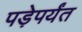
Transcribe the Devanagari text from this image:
पड़ेपर्यंत